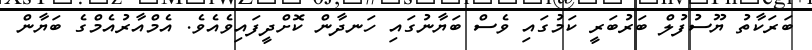
ބަރަކާތު ޔޫސުފުލް ބަރުބަރީ ކަމުގައި ވެސް ބަޔާނުގައި ހަނދާން ކޮށްދީފައިވެއެވެ. އެމްއާރުއެމްގެ ބަޔާން